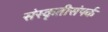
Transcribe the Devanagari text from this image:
संस्कृतीसंपर्क